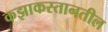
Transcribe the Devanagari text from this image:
कझाकस्तानतील